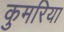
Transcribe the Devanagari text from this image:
कुमरिया